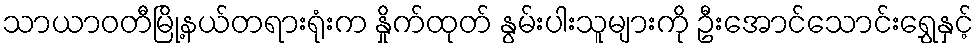
သာယာဝတီမြို့နယ်တရားရုံးက နှိုက်ထုတ် နွမ်းပါးသူများကို ဦးအောင်သောင်းရွှေနှင့်